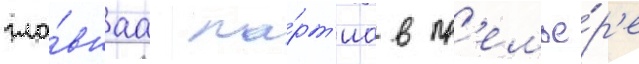
гла́внаа па́рт'иа в пр'емье́р'е